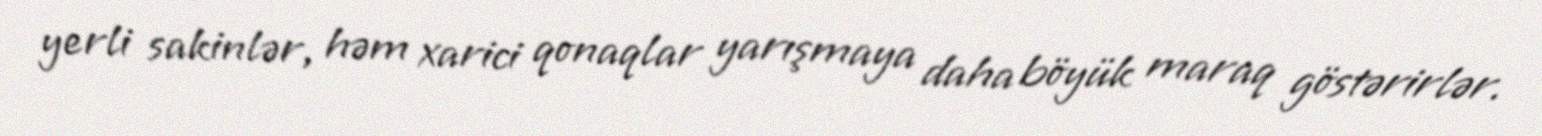
yerli sakinlər, həm xarici qonaqlar yarışmaya daha böyük maraq göstərirlər.